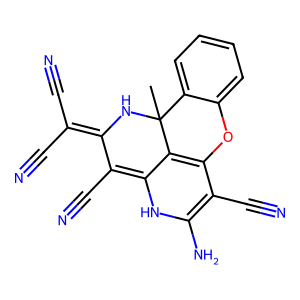
SMILES: CC12NC(=C(C#N)C#N)C(C#N)=C3NC(N)=C(C#N)C(=C31)Oc1ccccc12
Inhibits HIV replication: No